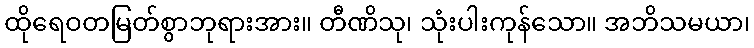
ထိုရေဝတမြတ်စွာဘုရားအား။ တီဏိသု၊ သုံးပါးကုန်သော။ အဘိသမယာ၊